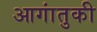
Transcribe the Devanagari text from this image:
आगांतुकी